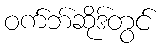
ဝက်ဘ်ဆိုဒ်တွင်